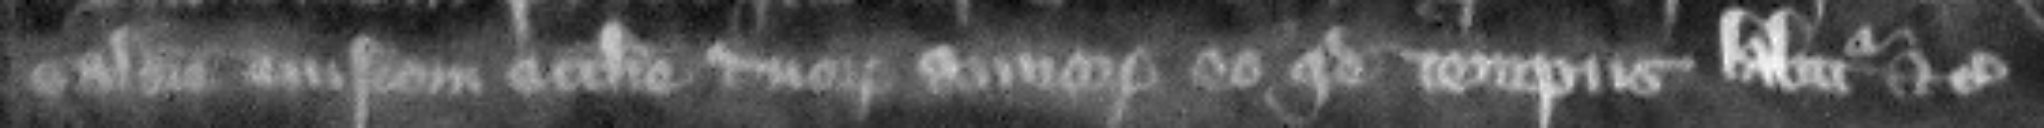
valorem eiusdem ecclesie durum annorum eo quod tempus labitur etc.